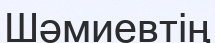
Шәмиевтің